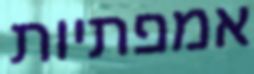
אמפתיות